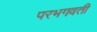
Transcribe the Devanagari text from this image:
परभगवती